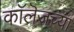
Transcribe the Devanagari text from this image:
काॅलॆजच्या